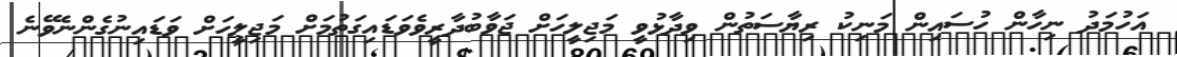
އަހުމަދު ނިހާން ހުސައިން މަނިކު ރިޔާސަތުން ވިދާޅުވީ މަޖިލީހަށް ޖަވާބުދާރީވެވަޑައިގަތުމަށް މަޖިލީހަށް ވަޑައިނުގެންނެވޭނެ